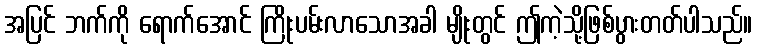
အပြင် ဘက်ကို ရောက်အောင် ကြိုးပမ်းလာသောအခါ မျိုးတွင် ဤကဲ့သို့ဖြစ်ပွားတတ်ပါသည်။